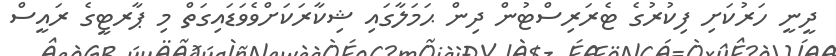
ދީނީ ހަރުކަށި ފިކުރުގެ ޓެރަރިސްޓުން ދިން ޙަމަލާގައި ޝިކާރަކަށްވެވަޑައިގަތް މި ޕާރޓީގެ ރައީސް